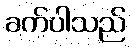
ခက်ပါသည်